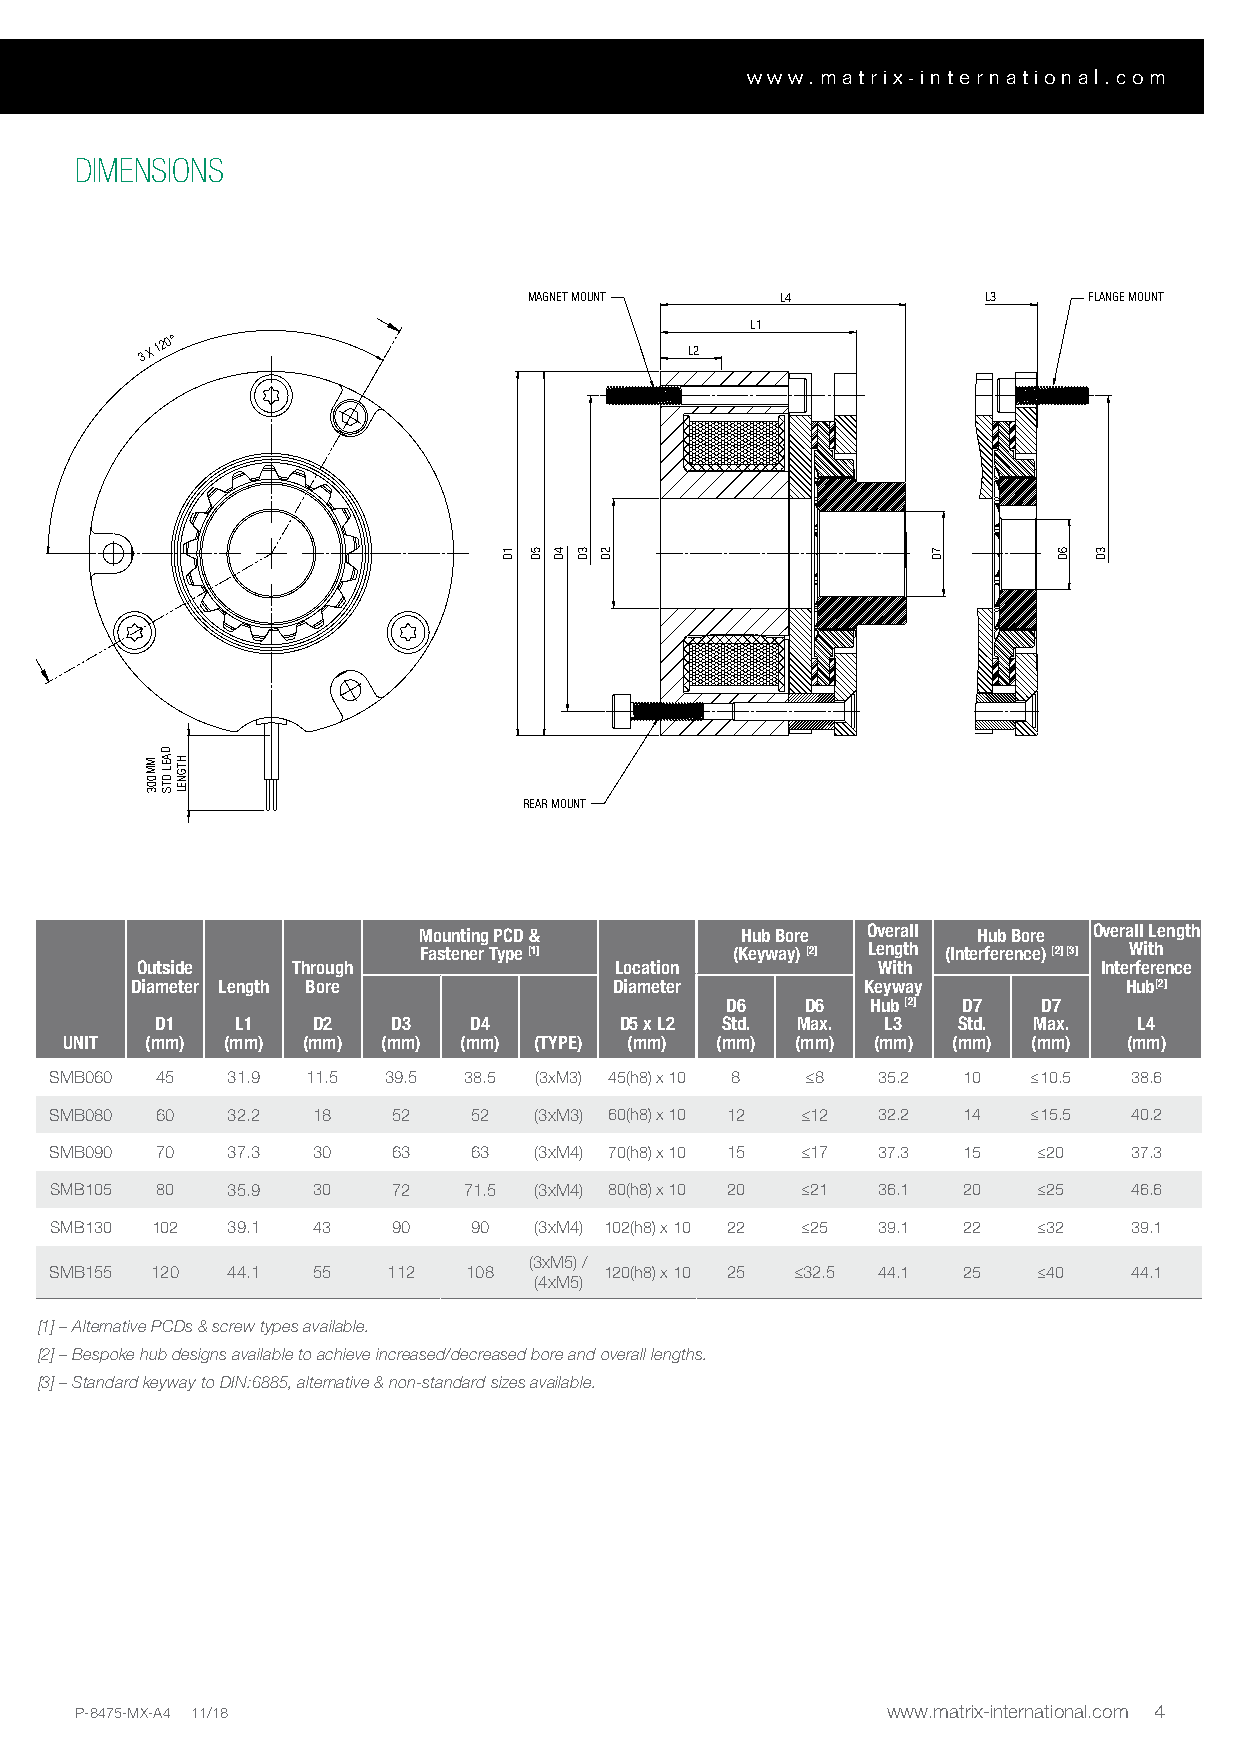
www.matrix-international.com
 DIMENSIONS
 MAGNET MOUNT     L4           L3     FLANGE MOUNT
 L1
 3 X
 120°
 L2
 1D 5D 4D 3D 2D               7D      6D 3D
 D
 M M 003A EL
 D
 TSH TG
 N
 EL
 REAR MOUNT
 Mounting PCD &       Hub Bore Overall Hub Bore Overall Length
 Fastener Type [1]   (Keyway) [2] Length (Interference) [2] [3] With
 Outside   Through               Location         With           Interference
 Diameter Length Bore            Diameter        Keyway           Hub[2]
 D6   D6   Hub [2] D7 D7
 D1    L1   D2   D3   D4        D5 x L2 Std. Max. L3  Std. Max.   L4
 UNIT  (mm) (mm) (mm) (mm) (mm) (TYPE) (mm) (mm)  (mm) (mm) (mm) (mm)   (mm)
 SMB060 45   31.9 11.5 39.5  38.5 (3xM3) 45(h8) x 10 8 ≤8 35.2 10 ≤10.5  38.6
 SMB080 60   32.2  18   52   52  (3xM3) 60(h8) x 10 12 ≤12 32.2 14 ≤15.5 40.2
 SMB090 70   37.3  30   63   63  (3xM4) 70(h8) x 10 15 ≤17 37.3 15 ≤20   37.3
 SMB105 80   35.9  30   72   71.5 (3xM4) 80(h8) x 10 20 ≤21 36.1 20 ≤25  46.6
 SMB130 102  39.1  43   90   90  (3xM4) 102(h8) x 10 22 ≤25 39.1 22 ≤32  39.1
 (3xM5) /
 SMB155 120  44.1  55   112  108      120(h8) x 10 25 ≤32.5 44.1 25 ≤40  44.1
 (4xM5)
 [1] – Alternative PCDs & screw types available.
 [2] – Bespoke hub designs available to achieve increased/decreased bore and overall lengths.
 [3] – Standard keyway to DIN:6885, alternative & non-standard sizes available.
 P-8475-MX-A4 11/18                                    www.matrix-international.com 4